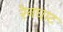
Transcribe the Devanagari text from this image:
रेनघाट